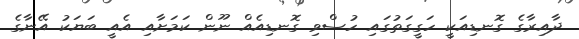
ދާއިރާގެ ގޮނޑިއަކީ ހަގީގަތުގައި ހުސްވި ގޮނޑިއެއް ނޫން ކަމަށާއި އެއީ ބަޔަކު އޭނާގެ